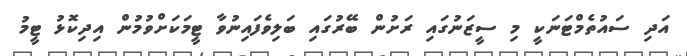
އަދި ސައުތެމްޓަނަކީ މި ސީޒަނުގައި ރަށުން ބޭރުގައި ބަލިވެފައިނުވާ ޓީމަކަށްވުމުން އިދިކޮޅު ޓީމު